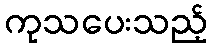
ကုသပေးသည့်